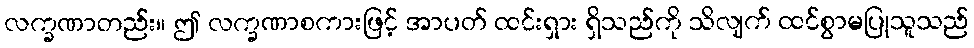
လက္ခဏာတည်း။ ဤ လက္ခဏာစကားဖြင့် အာပတ် ထင်းရှား ရှိသည်ကို သိလျက် ထင်စွာမပြုသူသည်